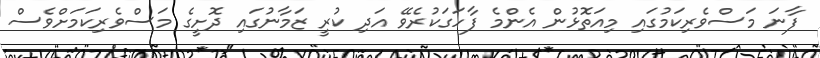
ފާނަ މަސްވެރިކަމުގައި މިއަތޮޅުން އެންމެ ފާހަގަކުރެވޭ އަދި ކުރީ ޒަމާނުގައި ދޮށީގެ މަސްވެރިކަމަށްވެސް